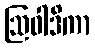
ဩဝါဒိကာ